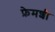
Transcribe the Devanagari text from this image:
फ्रेमशी